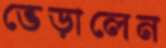
ভেড়ালেন